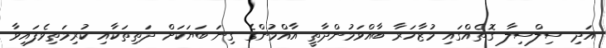
އަދި ސިލްސިލާ ގޮތެއްގައި މުޒާހަރާ ބާއްވަމުންދާތީ އާއްމުންގެ ގިނަ ބަޔަކަށް ދަތިތަކާއި ކުރިމަތިވެފައިވާ